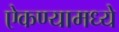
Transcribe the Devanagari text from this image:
ऐकण्यामध्ये